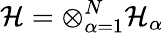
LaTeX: \mathcal{H}=\otimes_{\alpha=1}^{N}\mathcal{H}_{\alpha}